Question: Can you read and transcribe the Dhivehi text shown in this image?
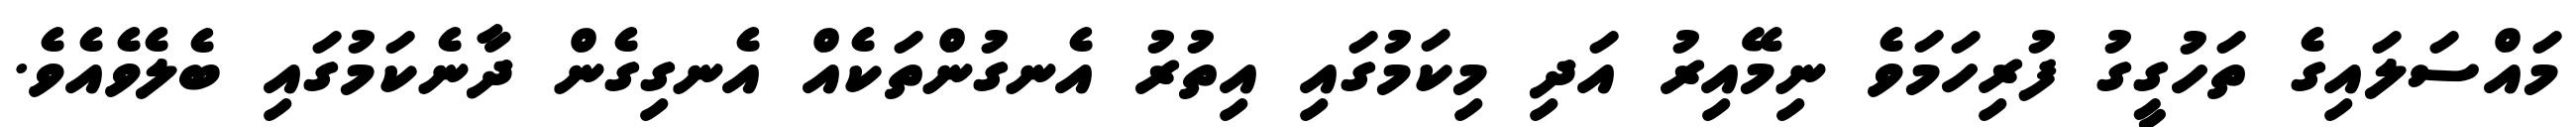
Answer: މައްސަލައިގެ ތަހުގީގު ފުރިހަމަވެ ނިމޭއިރު އަދި މިކަމުގައި އިތުރު އެނގުންތަކެއް އެނގިގެން ދާނެކަމުގައި ބެލެވެއެވެ.